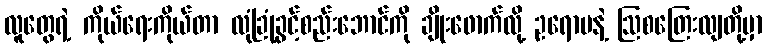
လူတွေရဲ့ ကိုယ်ရေးကိုယ်တာ လုံခြုံခွင့်စည်းဘောင်ကို ချိုးဖောက်လို့ ဥရောပနဲ့ ဩစတြေးလျတို့မှာ